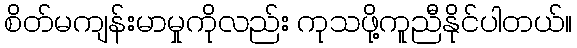
စိတ်မကျန်းမာမှုကိုလည်း ကုသဖို့ကူညီနိုင်ပါတယ်။